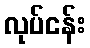
လုပ်ငန်း